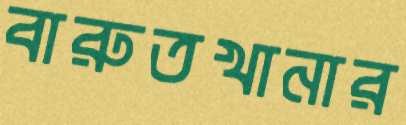
বারুতখানার